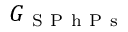
G _ { \mathrm { ~ S ~ P ~ h ~ P ~ s ~ } }